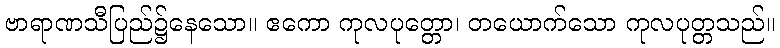
ဗာရာဏသီပြည်၌နေသော။ ဧကော ကုလပုတ္တော၊ တယောက်သော ကုလပုတ္တသည်။